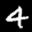
Label: 4